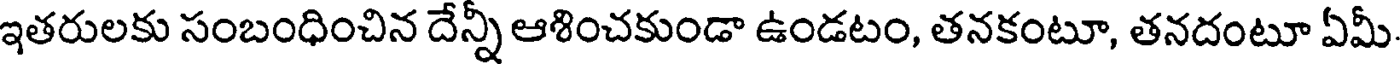
ఇతరులకు సంబంధించిన దేన్నీ ఆశించకుండా ఉండటం, తనకంటూ, తనదంటూ ఏమీ